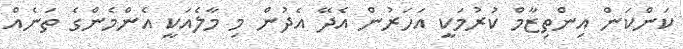
ކަންކަން އިންތިޒާމް ކުރުމަކީ އަހަރުން އެދޭ އެދުން މި މާލެއަކީ އެންމެންގެ ތަނެއް